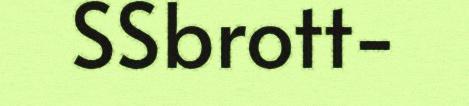
SSbrott-